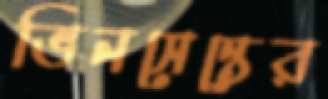
ভিনসেন্তের